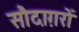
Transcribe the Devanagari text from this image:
सौदाग़रों